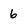
Character: 6